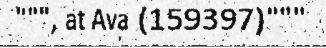
""", at Ava (159397)"""